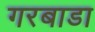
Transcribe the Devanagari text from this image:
गरबाडा